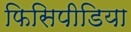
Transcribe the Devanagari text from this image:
फिसिपीडिया